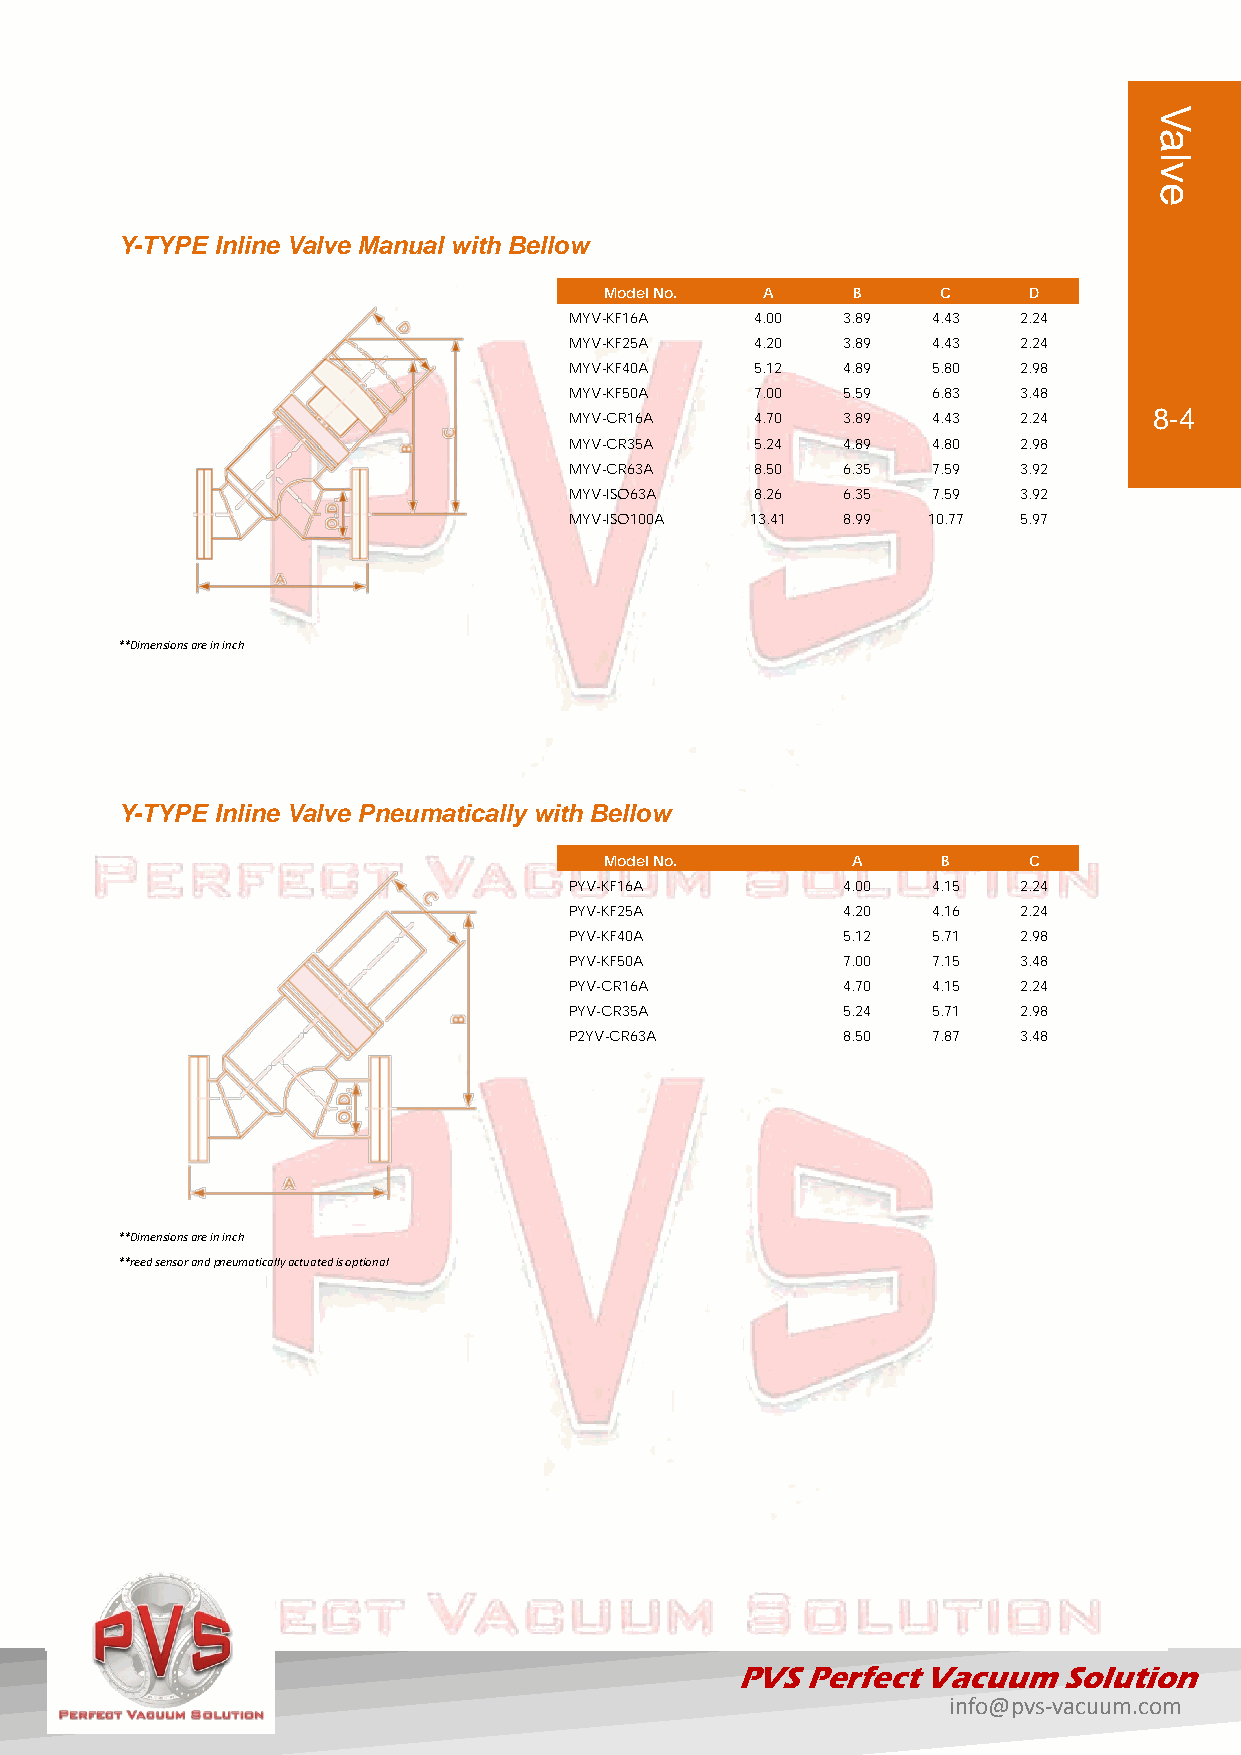
Y-TYPE Inline Valve Manual with Bellow
 Model No. A     B     C     D
 MYV-KF16A   4.00  3.89  4.43 2.24
 MYV-KF25A   4.20  3.89  4.43 2.24
 MYV-KF40A   5.12  4.89  5.80 2.98
 MYV-KF50A   7.00  5.59  6.83 3.48
 MYV-CR16A   4.70  3.89  4.43 2.24     8-4
 MYV-CR35A   5.24  4.89  4.80 2.98
 MYV-CR63A   8.50  6.35  7.59 3.92
 MYV-ISO63A  8.26  6.35  7.59 3.92
 MYV-ISO100A 13.41 8.99 10.77 5.97
 **Dimensions are in inch
 Y-TYPE Inline Valve Pneumatically with Bellow
 Model No.       A     B     C
 PYV-KF16A         4.00  4.15 2.24
 PYV-KF25A         4.20  4.16 2.24
 PYV-KF40A         5.12  5.71 2.98
 PYV-KF50A         7.00  7.15 3.48
 PYV-CR16A         4.70  4.15 2.24
 PYV-CR35A         5.24  5.71 2.98
 P2YV-CR63A        8.50  7.87 3.48
 **Dimensions are in inch
 **reed sensor and pneumatically actuated is optional
 PVS Perfect Vacuum   Solution
 info@pvs-vacuum.com
 Valve